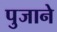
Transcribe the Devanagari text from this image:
पुजाने